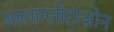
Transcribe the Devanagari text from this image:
बालाग्लोटाज़ोन